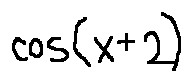
\cos ( x + 2 )